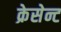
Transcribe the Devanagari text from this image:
क्रेसेन्ट